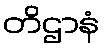
တိဌာနံ